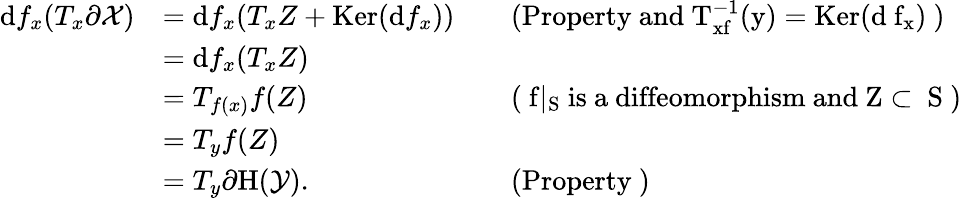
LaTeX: \begin{array}{rlrl}{\textrm{d}f_{x}(T_{x}\partial\mathcal{X})}&{=\textrm{d}f_{x}(T_{x}Z+\textrm{Ker}(\textrm{d}f_{x}))}&&{\mathrm{(Property~and~T_xf^{-1}(y)=\textrm{Ker}(\textrm{d}~f_x)~)}}\\ &{=\textrm{d}f_{x}(T_{x}Z)}\\ &{=T_{f(x)}f(Z)}&&{\mathrm{(~f|_S~is~a~diffeomorphism~and~Z\subset~S~)}}\\ &{=T_{y}f(Z)}\\ &{=T_{y}\partial\textrm{H}(\mathcal{Y}).}&&{\mathrm{(Property~)}}\end{array}